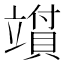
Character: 𬔪